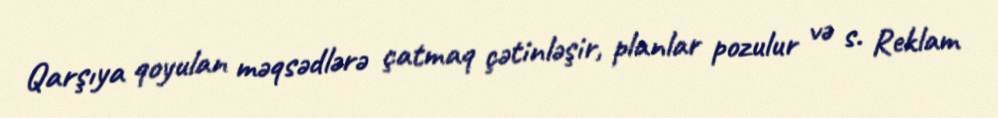
Qarşıya qoyulan məqsədlərə çatmaq çətinləşir, planlar pozulur və s. Reklam